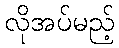
လိုအပ်မည့်